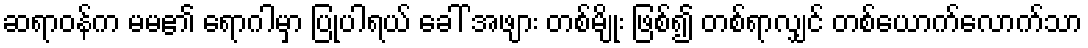
ဆရာဝန်က မမ၏ ရောဂါမှာ ပြုပါရယ် ခေါ် အဖျား တစ်မျိုး ဖြစ်၍ တစ်ရာလျှင် တစ်ယောက်လောက်သာ